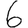
Digit: 6